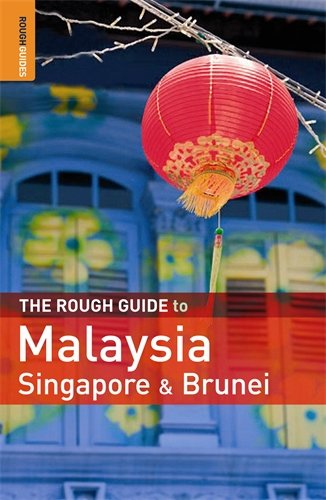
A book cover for The Rough Guide to Malaysia, Singapore & Brunei 6; Charles de Ledesma; Travel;